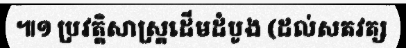
៕១ ប្រវត្តិសាស្ត្រដើមដំបូង (ដល់សតវត្ស